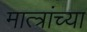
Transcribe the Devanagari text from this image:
मात्त्रांच्या